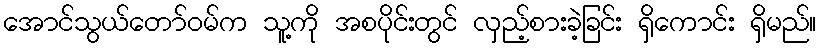
အောင်သွယ်တော်ဝမ်က သူ့ကို အစပိုင်းတွင် လှည့်စားခဲ့ခြင်း ရှိကောင်း ရှိမည်။